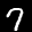
Label: 7